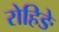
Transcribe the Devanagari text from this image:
रोहिङे